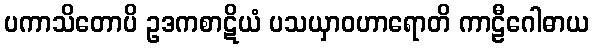
ပကာသိတောပိ ဥဒကစာဋိယံ ပသယှာဝဟာရောတိ ကာဠီဂေါဓာယ